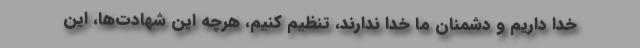
خدا داریم و دشمنان ما خدا ندارند، تنظیم کنیم، هرچه این شهادت‌ها، این